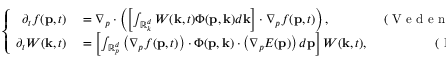
\left\{ \begin{array} { r l r } { \partial _ { t } f ( \mathbf { p } , t ) } & { { } = \nabla _ { p } \cdot \left( \left[ \int _ { \mathbb { R } _ { k } ^ { d } } W ( \mathbf { k } , t ) \Phi ( \mathbf { p } , \mathbf { k } ) d \mathbf { k } \right] \cdot \nabla _ { p } f ( \mathbf { p } , t ) \right) , } & { \mathrm { ~ ( ~ V ~ e ~ d ~ e ~ n ~ o ~ v ~ e ~ t ~ a ~ l ~ . ~ } ) } \\ { \partial _ { t } W ( \mathbf { k } , t ) } & { { } = \left[ \int _ { \mathbb { R } _ { p } ^ { d } } \left( \nabla _ { p } f ( \mathbf { p } , t ) \right) \cdot \Phi ( \mathbf { p } , \mathbf { k } ) \cdot \left( \nabla _ { p } E ( \mathbf { p } ) \right) d \mathbf { p } \right] W ( \mathbf { k } , t ) , } & { \mathrm { ~ ( ~ L ~ a ~ n ~ d ~ a ~ u ~ ) ~ } } \end{array} \right.